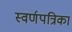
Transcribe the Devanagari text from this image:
स्वर्णपत्रिका